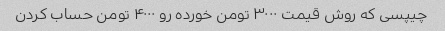
چیپسی که روش قیمت ۳۰۰۰ تومن خورده رو ۴۰۰۰ تومن حساب کردن